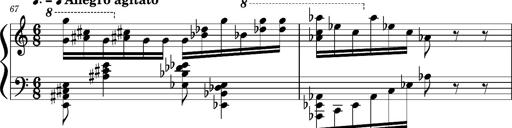
Title: Concerto sans orchestre, S.524a
Composer: Franz Liszt
Key: A major